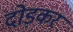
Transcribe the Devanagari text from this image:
दोड़कर